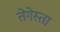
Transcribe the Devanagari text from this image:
तेगेस्ता